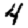
Digit: 4